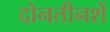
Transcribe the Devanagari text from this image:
दोनतीनशें